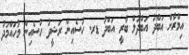
އިމްރާން އަބްދު އަބްދުލް ބާރީ އަބްދު ޑރ. ހުސެއިން ރަޝީދު ހުސެއިން މުހައްމަދު